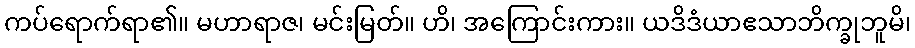
ကပ်ရောက်ရာ၏။ မဟာရာဇ၊ မင်းမြတ်။ ဟိ၊ အကြောင်းကား။ ယဒိဒံယာဧသာဘိက္ခုဘူမိ၊